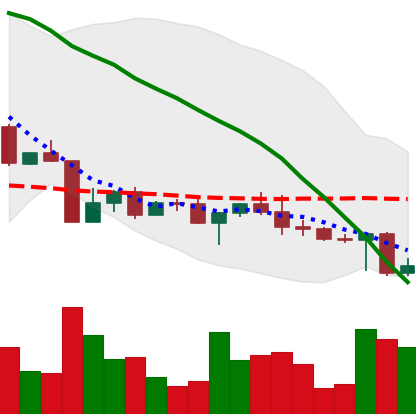
Ticker: ADA-USD
Chart end date: 2022-04-27
Forward return: -7.027%
Label: down_7plus